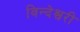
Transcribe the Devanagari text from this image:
विन्देश्वरी